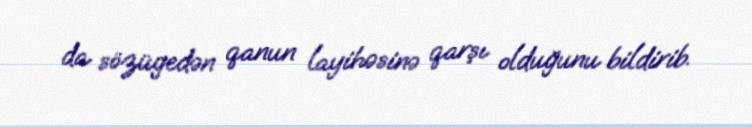
da sözügedən qanun layihəsinə qarşı olduğunu bildirib.